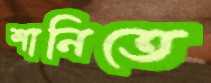
শানিতে